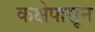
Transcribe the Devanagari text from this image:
कक्षेपासून